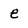
Character: e